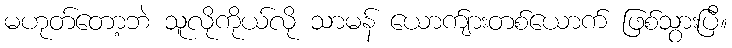
မဟုတ်တော့ဘဲ သူလိုကိုယ်လို သာမန် ယောက်ျားတစ်ယောက် ဖြစ်သွားပြီ။